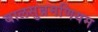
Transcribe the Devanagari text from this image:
बालसुब्रमणियम